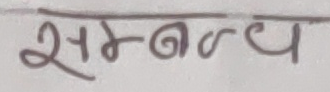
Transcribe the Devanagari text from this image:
समन्वय